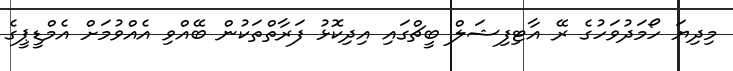
މިދިޔަ ހޯމަދުވަހުގެ ރޭ އާޓިފިޝަލް ބީޗްގައި އިދިކޮޅު ފަރާތްތަކުން ބޭއްވި އެއްވުމަށް އެމްޑީޕީގެ